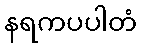
နရကပပါတံ